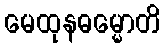
မေထုနဓမ္မောတိ